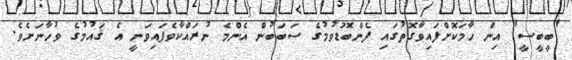
"ބީބީސީ" އިން ހާމަކޮށްފައިވާގޮތުގައި ފެންބޮޑުވުމުގެ ސަބަބުން އެންމެ ނުރައްކާވެފައިވަނީ އެ ޤައުމުގެ ވުހާނަށެވެ.